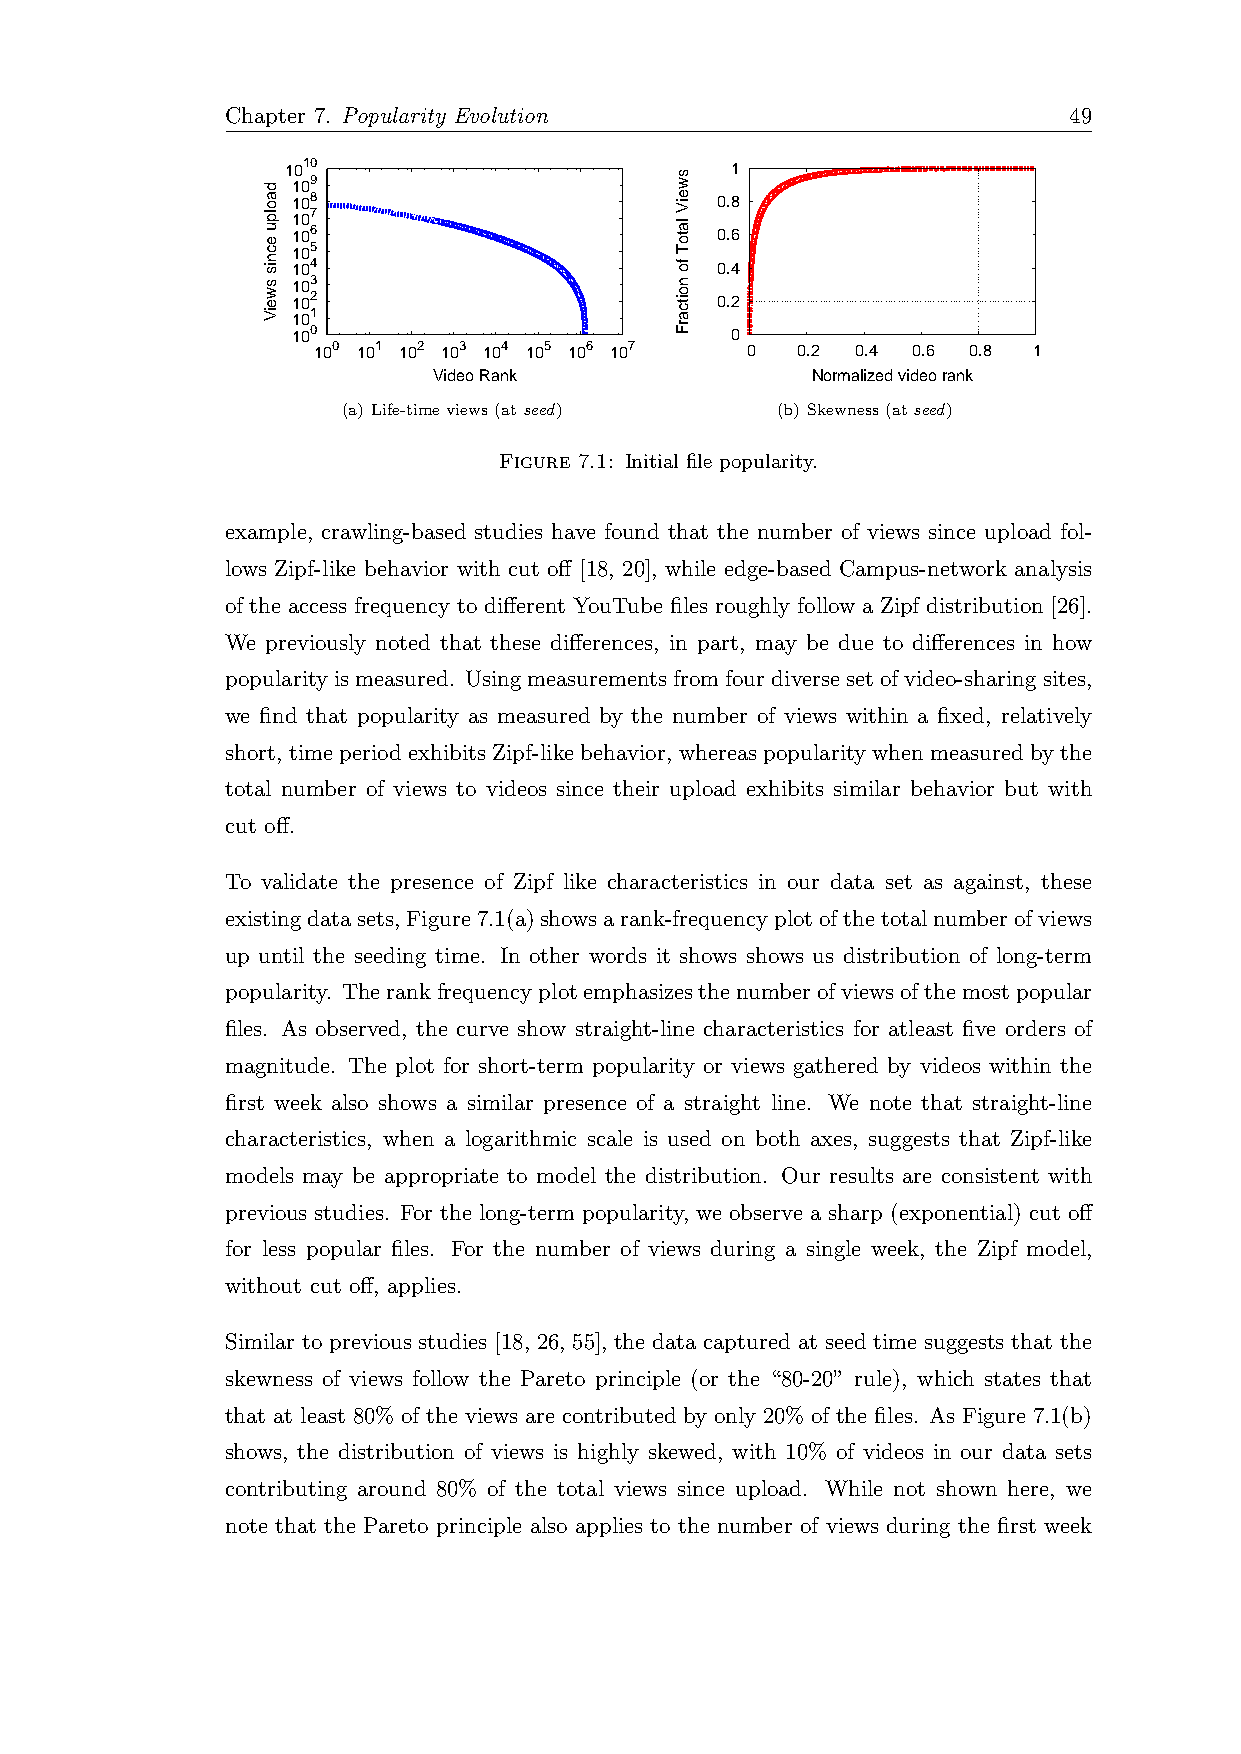
Chapter 7. Popularity Evolution                         49
 1010                         1
 109
 108                         0.8
 107
 106                         0.6
 105
 104                         0.4
 103
 102                         0.2
 101
 100                          0
 100 101 102 103 104 105 106 107 0 0.2 0.4 0.6 0.8 1
 Video Rank               Normalized video rank
 (a) Life-timeviews(atseed)  (b) Skewness(atseed)
 Figure 7.1: Initial file popularity.
 example, crawling-based studies have found that the number of views since upload fol-
 lows Zipf-like behavior with cut off [18, 20], while edge-based Campus-network analysis
 of the access frequency to different YouTube files roughly follow a Zipf distribution [26].
 We previously noted that these differences, in part, may be due to differences in how
 popularityismeasured. Usingmeasurementsfromfourdiversesetofvideo-sharingsites,
 we find that popularity as measured by the number of views within a fixed, relatively
 short, timeperiodexhibitsZipf-likebehavior, whereaspopularitywhenmeasuredbythe
 total number of views to videos since their upload exhibits similar behavior but with
 cut off.
 To validate the presence of Zipf like characteristics in our data set as against, these
 existingdatasets,Figure7.1(a)showsarank-frequencyplotofthetotalnumberofviews
 up until the seeding time. In other words it shows shows us distribution of long-term
 popularity. Therankfrequencyplotemphasizesthenumberofviewsofthemostpopular
 files. As observed, the curve show straight-line characteristics for atleast five orders of
 magnitude. The plot for short-term popularity or views gathered by videos within the
 first week also shows a similar presence of a straight line. We note that straight-line
 characteristics, when a logarithmic scale is used on both axes, suggests that Zipf-like
 models may be appropriate to model the distribution. Our results are consistent with
 previous studies. For the long-term popularity, we observe a sharp (exponential) cut off
 for less popular files. For the number of views during a single week, the Zipf model,
 without cut off, applies.
 Similar to previous studies [18, 26, 55], the data captured at seed time suggests that the
 skewness of views follow the Pareto principle (or the “80-20” rule), which states that
 that at least 80% of the views are contributed by only 20% of the files. As Figure 7.1(b)
 shows, the distribution of views is highly skewed, with 10% of videos in our data sets
 contributing around 80% of the total views since upload. While not shown here, we
 note that the Pareto principle also applies to the number of views during the first week
 daolpu
 ecnis
 sweiV
 sweiV
 latoT
 fo
 noitcarF